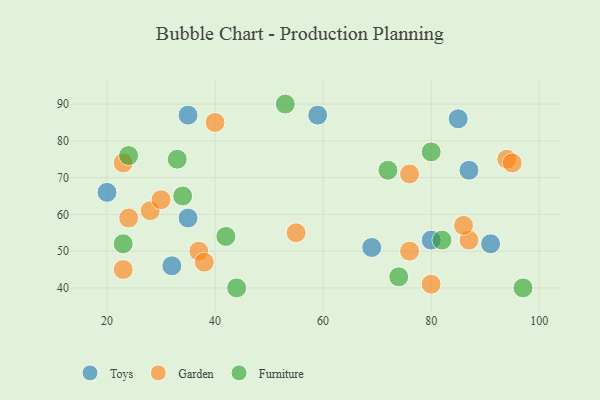
{"axis": {"x": "GDP", "y": "Life Expectancy"}, "legend": ["Furniture", "Garden", "Toys"], "data": [{"x": "35", "y": 87, "type": "Toys"}, {"x": "85", "y": 86, "type": "Toys"}, {"x": "35", "y": 59, "type": "Toys"}, {"x": "91", "y": 52, "type": "Toys"}, {"x": "69", "y": 51, "type": "Toys"}, {"x": "87", "y": 72, "type": "Toys"}, {"x": "32", "y": 46, "type": "Toys"}, {"x": "80", "y": 53, "type": "Toys"}, {"x": "59", "y": 87, "type": "Toys"}, {"x": "20", "y": 66, "type": "Toys"}, {"x": "37", "y": 50, "type": "Garden"}, {"x": "23", "y": 45, "type": "Garden"}, {"x": "55", "y": 55, "type": "Garden"}, {"x": "87", "y": 53, "type": "Garden"}, {"x": "38", "y": 47, "type": "Garden"}, {"x": "24", "y": 59, "type": "Garden"}, {"x": "80", "y": 41, "type": "Garden"}, {"x": "23", "y": 74, "type": "Garden"}, {"x": "76", "y": 71, "type": "Garden"}, {"x": "40", "y": 85, "type": "Garden"}, {"x": "76", "y": 50, "type": "Garden"}, {"x": "28", "y": 61, "type": "Garden"}, {"x": "94", "y": 75, "type": "Garden"}, {"x": "30", "y": 64, "type": "Garden"}, {"x": "95", "y": 74, "type": "Garden"}, {"x": "86", "y": 57, "type": "Garden"}, {"x": "33", "y": 75, "type": "Furniture"}, {"x": "34", "y": 65, "type": "Furniture"}, {"x": "72", "y": 72, "type": "Furniture"}, {"x": "74", "y": 43, "type": "Furniture"}, {"x": "42", "y": 54, "type": "Furniture"}, {"x": "80", "y": 77, "type": "Furniture"}, {"x": "97", "y": 40, "type": "Furniture"}, {"x": "53", "y": 90, "type": "Furniture"}, {"x": "44", "y": 40, "type": "Furniture"}, {"x": "23", "y": 52, "type": "Furniture"}, {"x": "24", "y": 76, "type": "Furniture"}, {"x": "82", "y": 53, "type": "Furniture"}]}